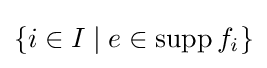
\{i\in I\mid e\in \operatorname {supp} f_{i}\}